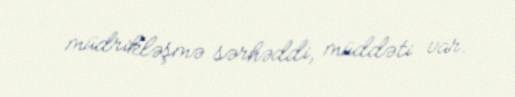
müdrikləşmə sərhəddi, müddəti var.